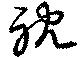
耽